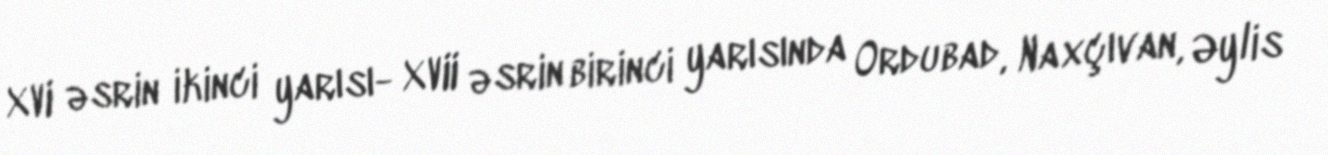
XVI əsrin ikinci yarısı- XVII əsrin birinci yarısında Ordubad, Naxçıvan, Əylis